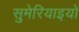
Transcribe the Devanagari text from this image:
सुमेरियाइयों